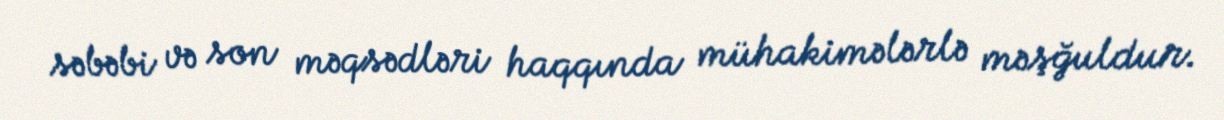
səbəbi və son məqsədləri haqqında mühakimələrlə məşğuldur.